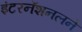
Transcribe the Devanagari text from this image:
इंटरनॅशनलने